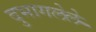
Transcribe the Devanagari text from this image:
दुभागलेले